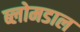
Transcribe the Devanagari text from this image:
ब्लोमडाल